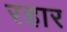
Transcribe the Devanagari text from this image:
रहार